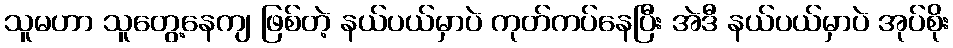
သူမဟာ သူတွေ့နေကျ ဖြစ်တဲ့ နယ်ပယ်မှာပဲ ကုတ်ကပ်နေပြီး အဲဒီ နယ်ပယ်မှာပဲ အုပ်စိုး